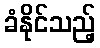
ခံနိုင်သည့်